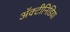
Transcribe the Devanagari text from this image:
अॅक्टीनिडिया